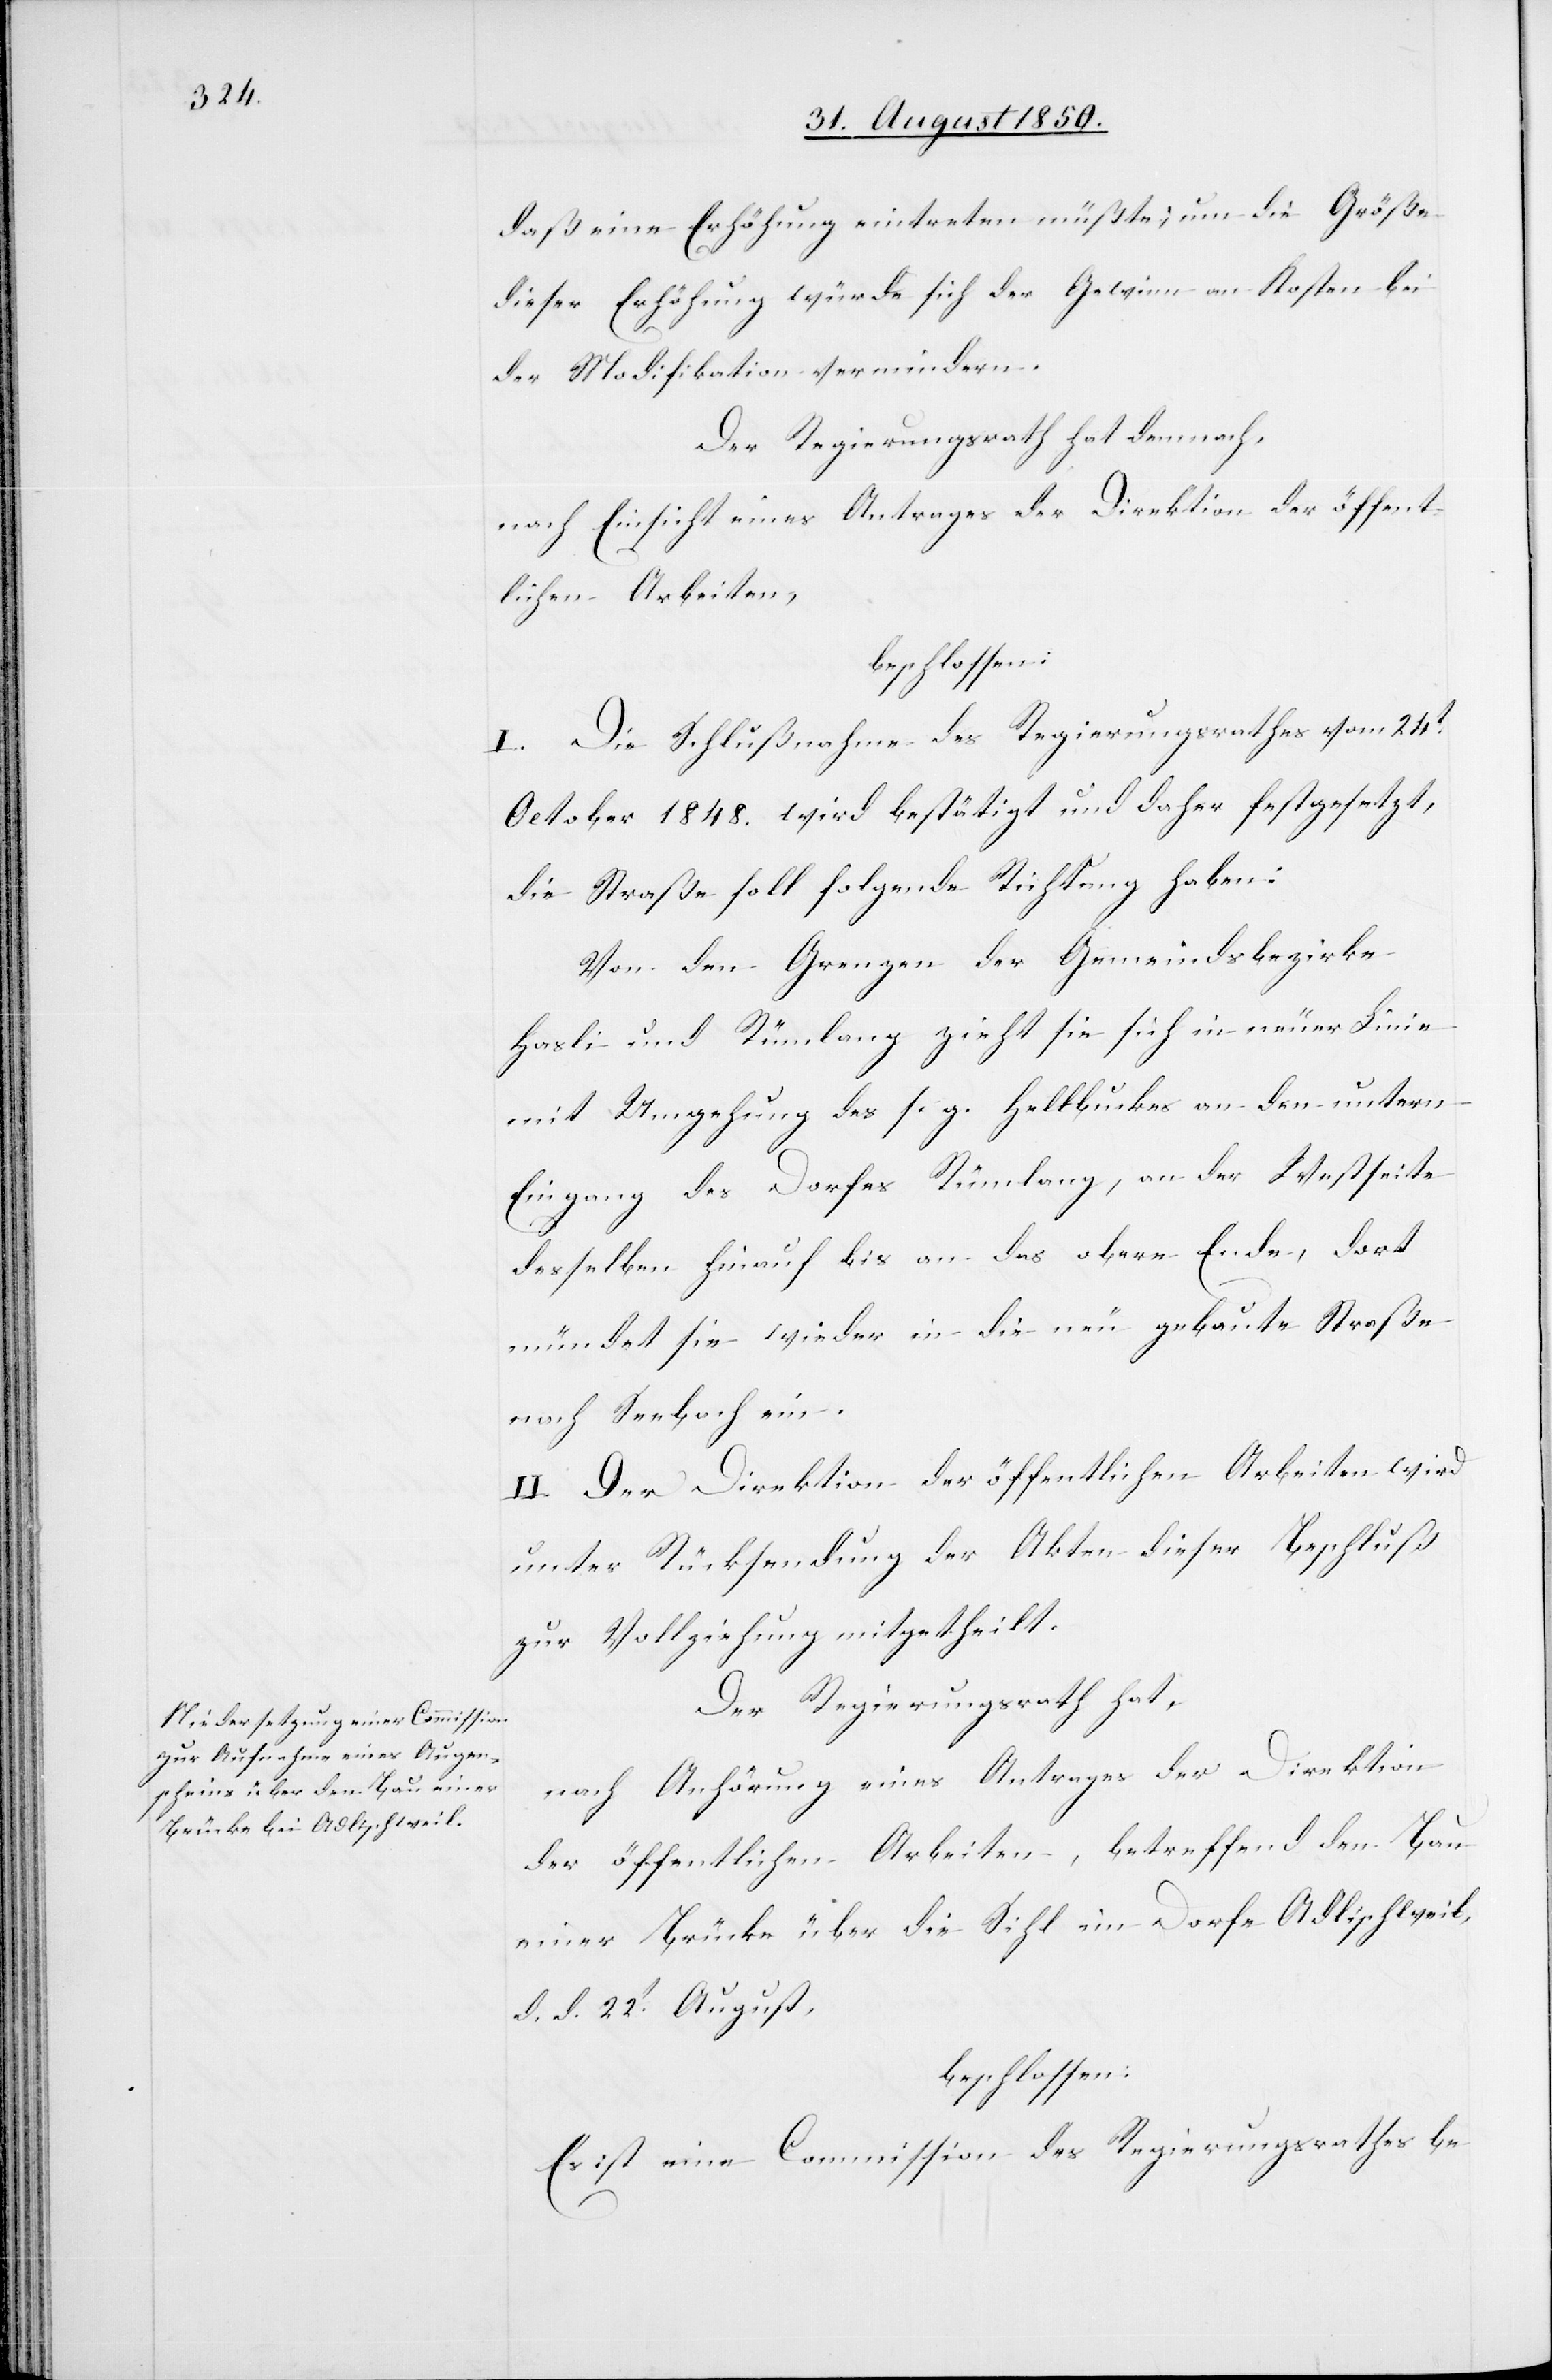
daß eine Erhöhung eintreten müßte; um die Größe
dieser Erhöhung würde sich der Gewinn an Kosten bei
der Modifikation vermindern.
Der Regierungsrath hat demnach,
nach Einsicht eines Antrages der Direktion der öffent¬
lichen Arbeiten,
beschlossen:
I. Die Schlußnahme des Regierungsrathes vom 24t
October 1848. wird bestätigt und daher festgesetzt,
die Straße soll folgende Richtung haben:
Von den Grenzen der Gemeindsbezirke
Hasli und Rümlang zieht sie sich in neuer Linie
mit Umgehung des s. g. Hellbuckes an den untern
Eingang des Dorfes Rümlang, an der Westseite
desselben hinauf bis an das obere Ende, dort
mündet sie wieder in die neu gebaute Straße
nach Seebach ein.
II. Der Direktion der öffentlichen Arbeiten wird
unter Rücksendung der Akten dieser Beschluß
zur Vollziehung mitgetheilt.
Der Regierungsrath hat,
nach Anhörung eines Antrages der Direktion
der öffentlichen Arbeiten, betreffend den Bau
einer Brücke über die Sihl im Dorfe Adlischweil,
d. d. 22t August,
beschlossen:
Es ist eine Commission des Regierungsrathes be-